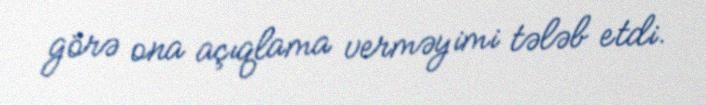
görə ona açıqlama verməyimi tələb etdi.